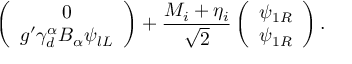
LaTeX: \left( \begin{array} { c } { { 0 } } \\ { { g ^ { \prime } \gamma _ { d } ^ { \alpha } B _ { \alpha } \psi _ { l L } } } \end{array} \right) + \frac { M _ { i } + \eta _ { i } } { \sqrt { 2 } } \left( \begin{array} { c } { { \psi _ { 1 R } } } \\ { { \psi _ { 1 R } } } \end{array} \right) .